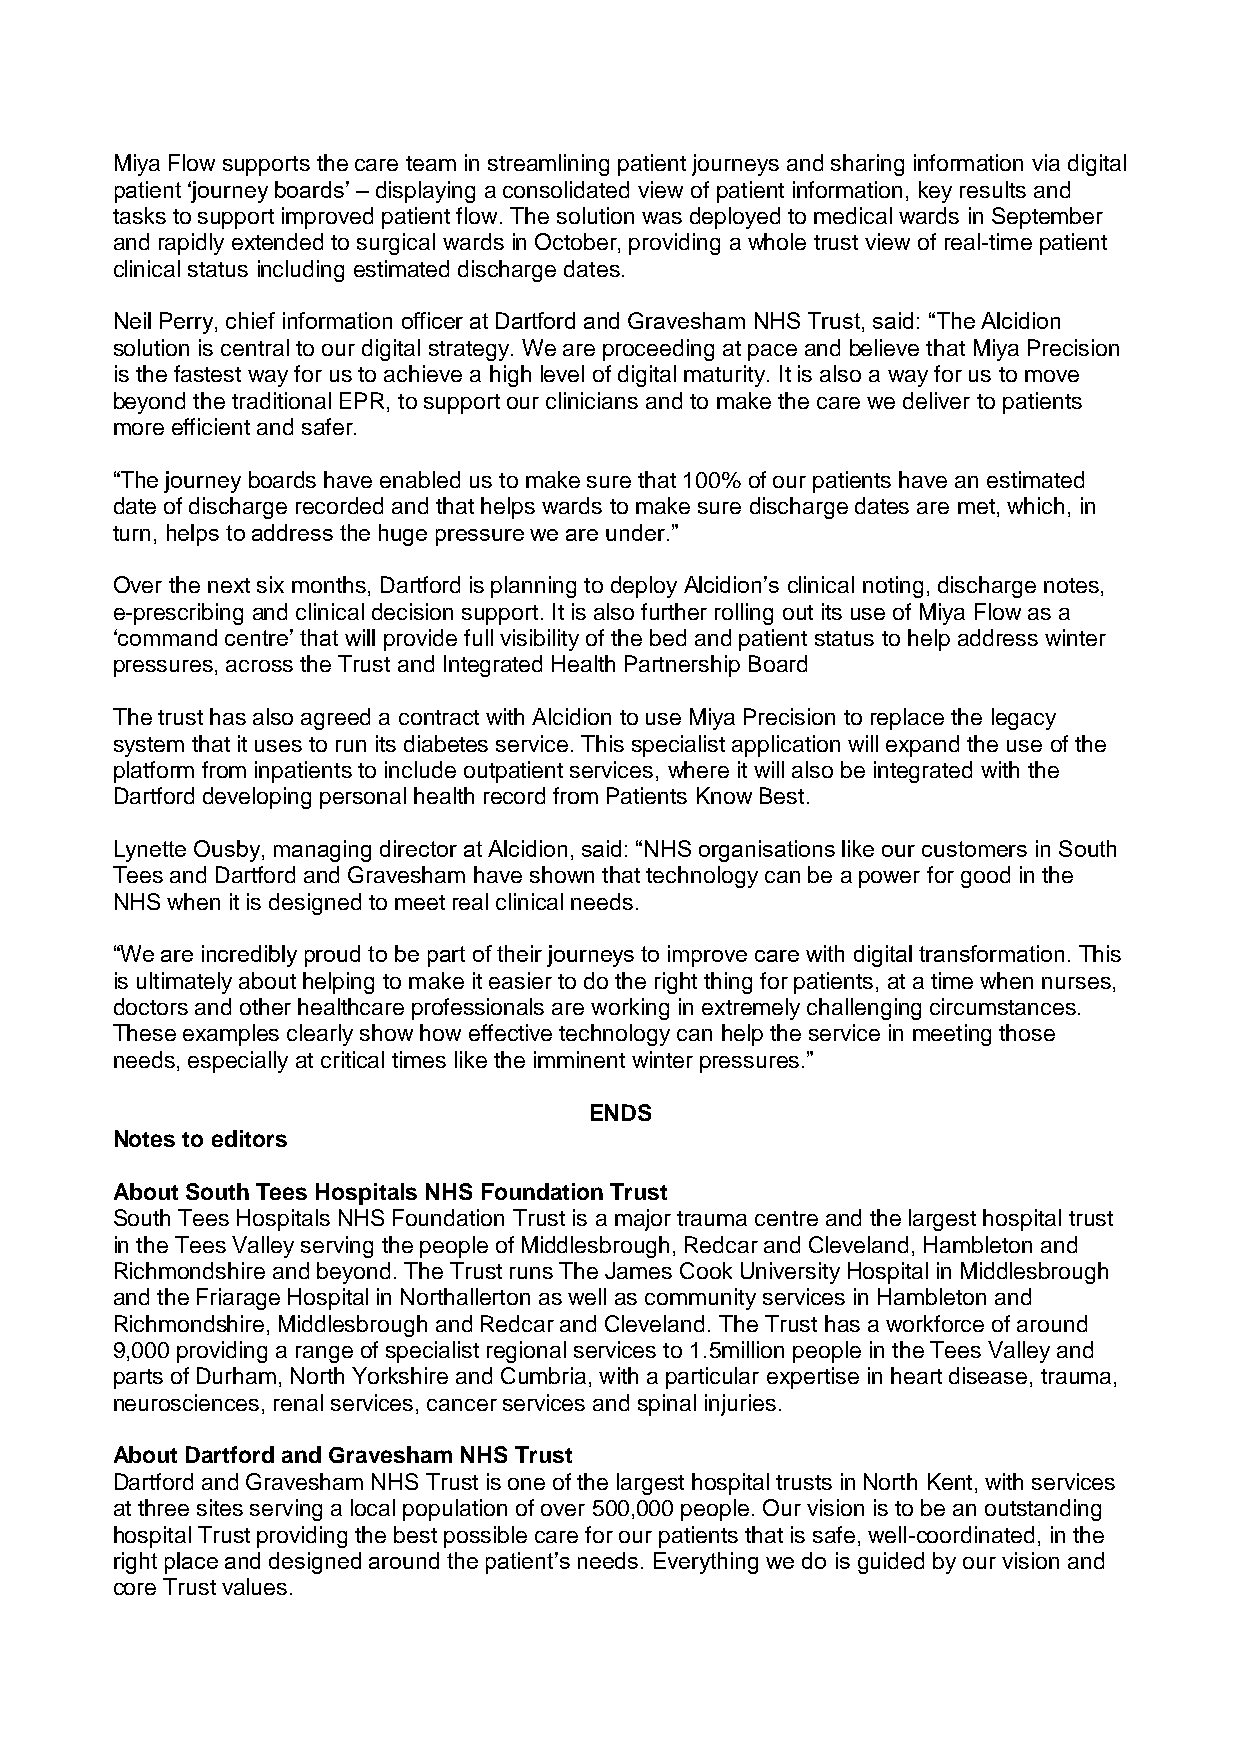
Miya Flow supports the care team in streamlining patient journeys and sharing information via digital
 patient ‘journey boards’ – displaying a consolidated view of patient information, key results and
 tasks to support improved patient flow. The solution was deployed to medical wards in September
 and rapidly extended to surgical wards in October, providing a whole trust view of real-time patient
 clinical status including estimated discharge dates.
 Neil Perry, chief information officer at Dartford and Gravesham NHS Trust, said: “The Alcidion
 solution is central to our digital strategy. We are proceeding at pace and believe that Miya Precision
 is the fastest way for us to achieve a high level of digital maturity. It is also a way for us to move
 beyond the traditional EPR, to support our clinicians and to make the care we deliver to patients
 more efficient and safer.
 “The journey boards have enabled us to make sure that 100% of our patients have an estimated
 date of discharge recorded and that helps wards to make sure discharge dates are met, which, in
 turn, helps to address the huge pressure we are under.”
 Over the next six months, Dartford is planning to deploy Alcidion’s clinical noting, discharge notes,
 e-prescribing and clinical decision support. It is also further rolling out its use of Miya Flow as a
 ‘command centre’ that will provide full visibility of the bed and patient status to help address winter
 pressures, across the Trust and Integrated Health Partnership Board
 The trust has also agreed a contract with Alcidion to use Miya Precision to replace the legacy
 system that it uses to run its diabetes service. This specialist application will expand the use of the
 platform from inpatients to include outpatient services, where it will also be integrated with the
 Dartford developing personal health record from Patients Know Best.
 Lynette Ousby, managing director at Alcidion, said: “NHS organisations like our customers in South
 Tees and Dartford and Gravesham have shown that technology can be a power for good in the
 NHS when it is designed to meet real clinical needs.
 “We are incredibly proud to be part of their journeys to improve care with digital transformation. This
 is ultimately about helping to make it easier to do the right thing for patients, at a time when nurses,
 doctors and other healthcare professionals are working in extremely challenging circumstances.
 These examples clearly show how effective technology can help the service in meeting those
 needs, especially at critical times like the imminent winter pressures.”
 ENDS
 Notes to editors
 About South Tees Hospitals NHS Foundation Trust
 South Tees Hospitals NHS Foundation Trust is a major trauma centre and the largest hospital trust
 in the Tees Valley serving the people of Middlesbrough, Redcar and Cleveland, Hambleton and
 Richmondshire and beyond. The Trust runs The James Cook University Hospital in Middlesbrough
 and the Friarage Hospital in Northallerton as well as community services in Hambleton and
 Richmondshire, Middlesbrough and Redcar and Cleveland. The Trust has a workforce of around
 9,000 providing a range of specialist regional services to 1.5million people in the Tees Valley and
 parts of Durham, North Yorkshire and Cumbria, with a particular expertise in heart disease, trauma,
 neurosciences, renal services, cancer services and spinal injuries.
 About Dartford and Gravesham NHS Trust
 Dartford and Gravesham NHS Trust is one of the largest hospital trusts in North Kent, with services
 at three sites serving a local population of over 500,000 people. Our vision is to be an outstanding
 hospital Trust providing the best possible care for our patients that is safe, well-coordinated, in the
 right place and designed around the patient’s needs. Everything we do is guided by our vision and
 core Trust values.